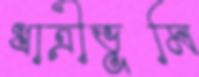
ধাত্রীভূমি